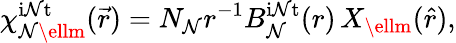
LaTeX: \chi_{\mathcal{N}\ellm}^{\mathrm{{i\mathcal{N}t}}}(\vec{{r}})=N_{\mathcal{N}}r^{-1}B_{\mathcal{N}}^{\mathrm{{i\mathcal{N}t}}}(r)\, X_{\ellm}(\hat{{r}}),